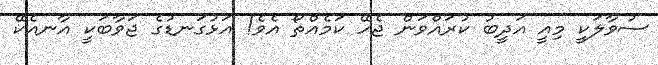
ސުވާލަކީ މިއީ އަދީބު ކުރައްވަން ޖެހޭ ކަމެއްތޯ އެވެ! އަޅުގަނޑުގެ ޖަވާބަކީ އާނއެކޭ